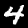
Digit: 4